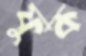
ফুক